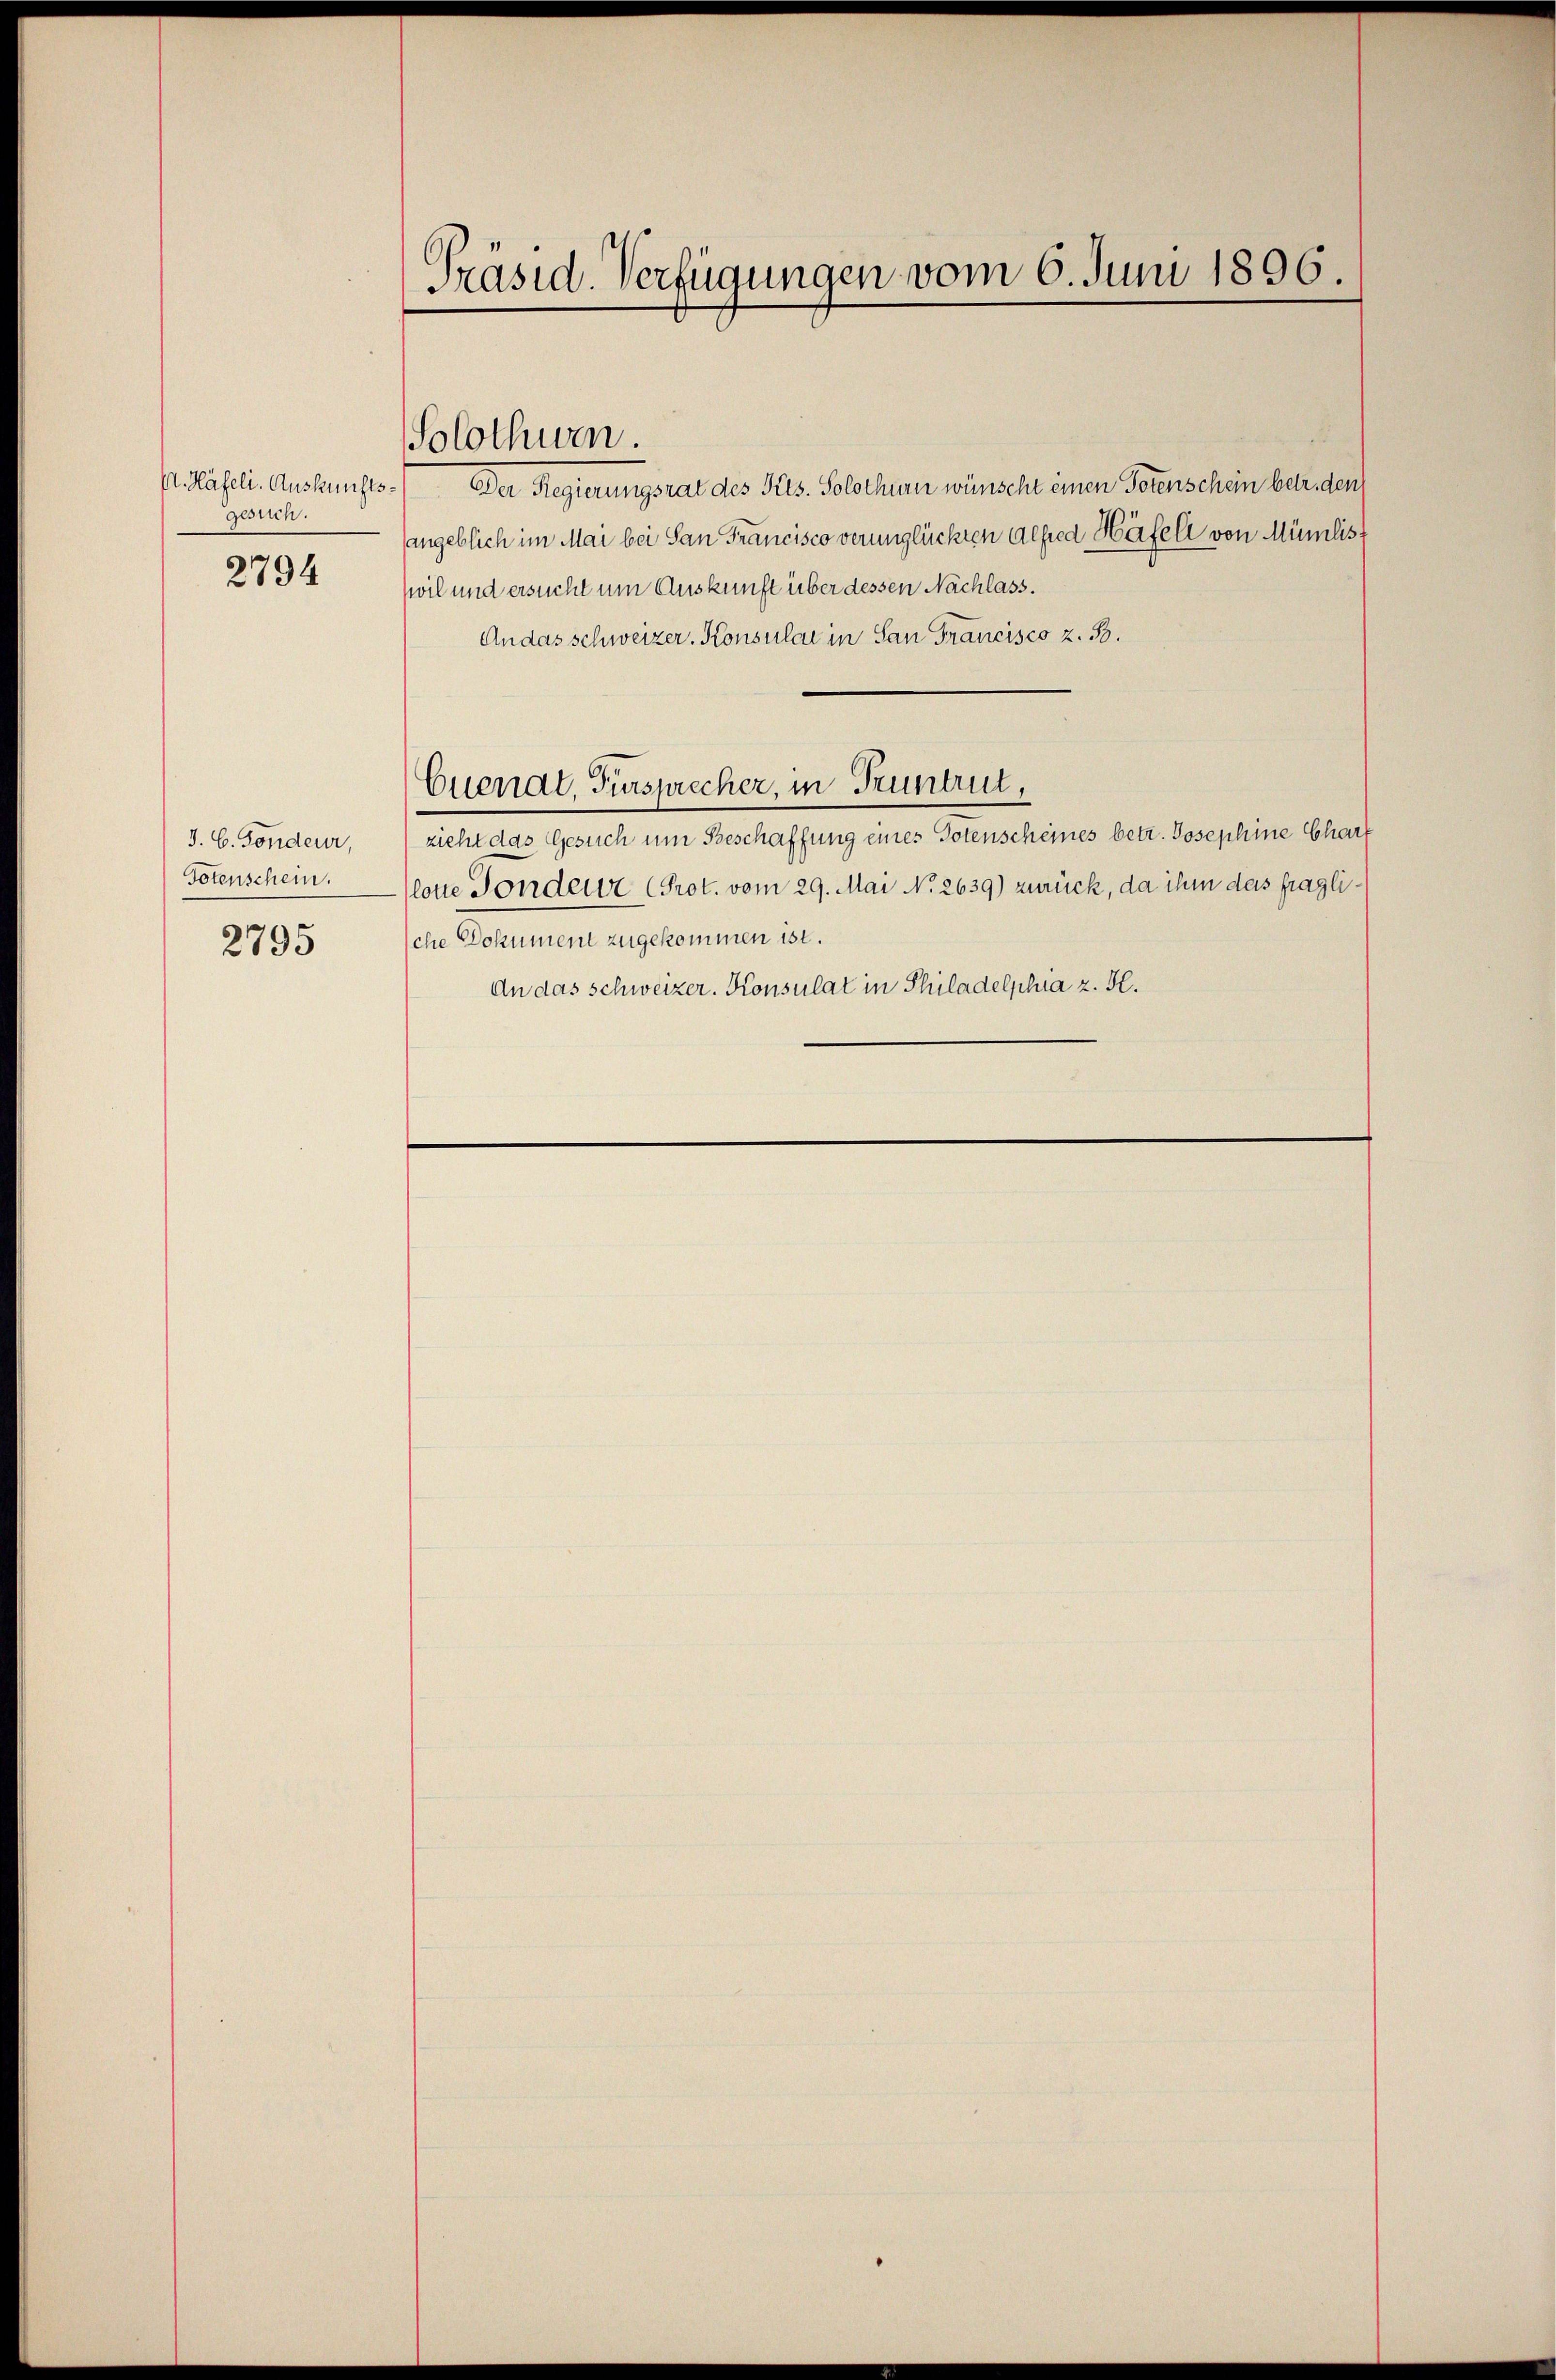
P. Häfeli. Auskunfts-
gesuch.
2794

J. C. Sondeur,
Totenschein.
2795

Präsid.-Verfügungen vom 6. Juni 1896.

Solothuren.

Der Regierungsrat des Fels. Solothurn wünscht einen Petenschein betr. dem
angeblich im Mai bei San Francisco verunglückten Alfred Häfell von Münilist
wil und ersucht um Auskunft über dessen Nachlass.
An das schweizer. Konsular in San Francisco z. B.
Cuenat, Fürsprecher, in Truntrut,
zieht das Gesuch um Beschaffung eines Totenscheines betr. Josephine Chart
lotte Fonderer (Prot. vom 29. Mai No 2639) zurück, da ihm das fragliche Dokument zugekommen ist.
An das Schweizer. Konsulat in Philadelphia z. K.